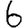
Digit: 6